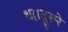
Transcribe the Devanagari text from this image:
था।दूसरे